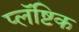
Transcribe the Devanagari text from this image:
प्लॅष्टिक